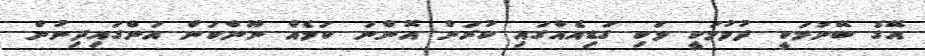
އޭގެ ބޭނުމަކީ ދުވުމަކީ ވަކި ގަޑިއެއްގައި ކުރަން އޮންނަ ކަމެއް ނޫންކަން އަންގައިދިނުން